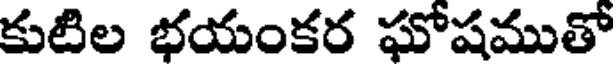
కుటిల భయంకర ఘోషముతో